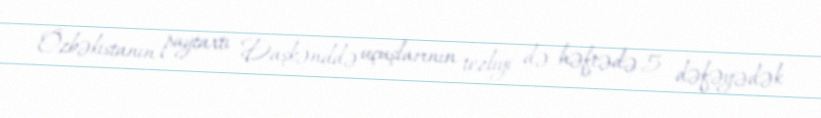
Özbəkistanın paytaxtı Daşkənddə uçuşlarının tezliyi də həftədə 5 dəfəyədək